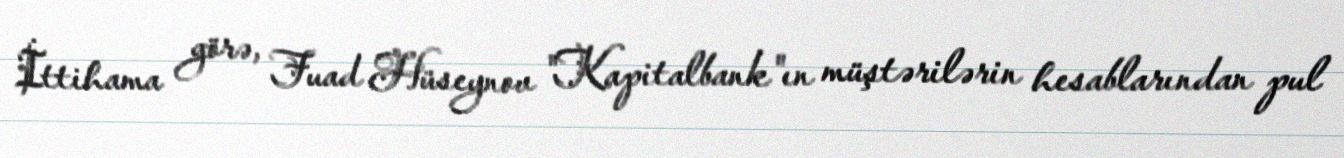
İttihama görə, Fuad Hüseynov "Kapitalbank"ın müştərilərin hesablarından pul